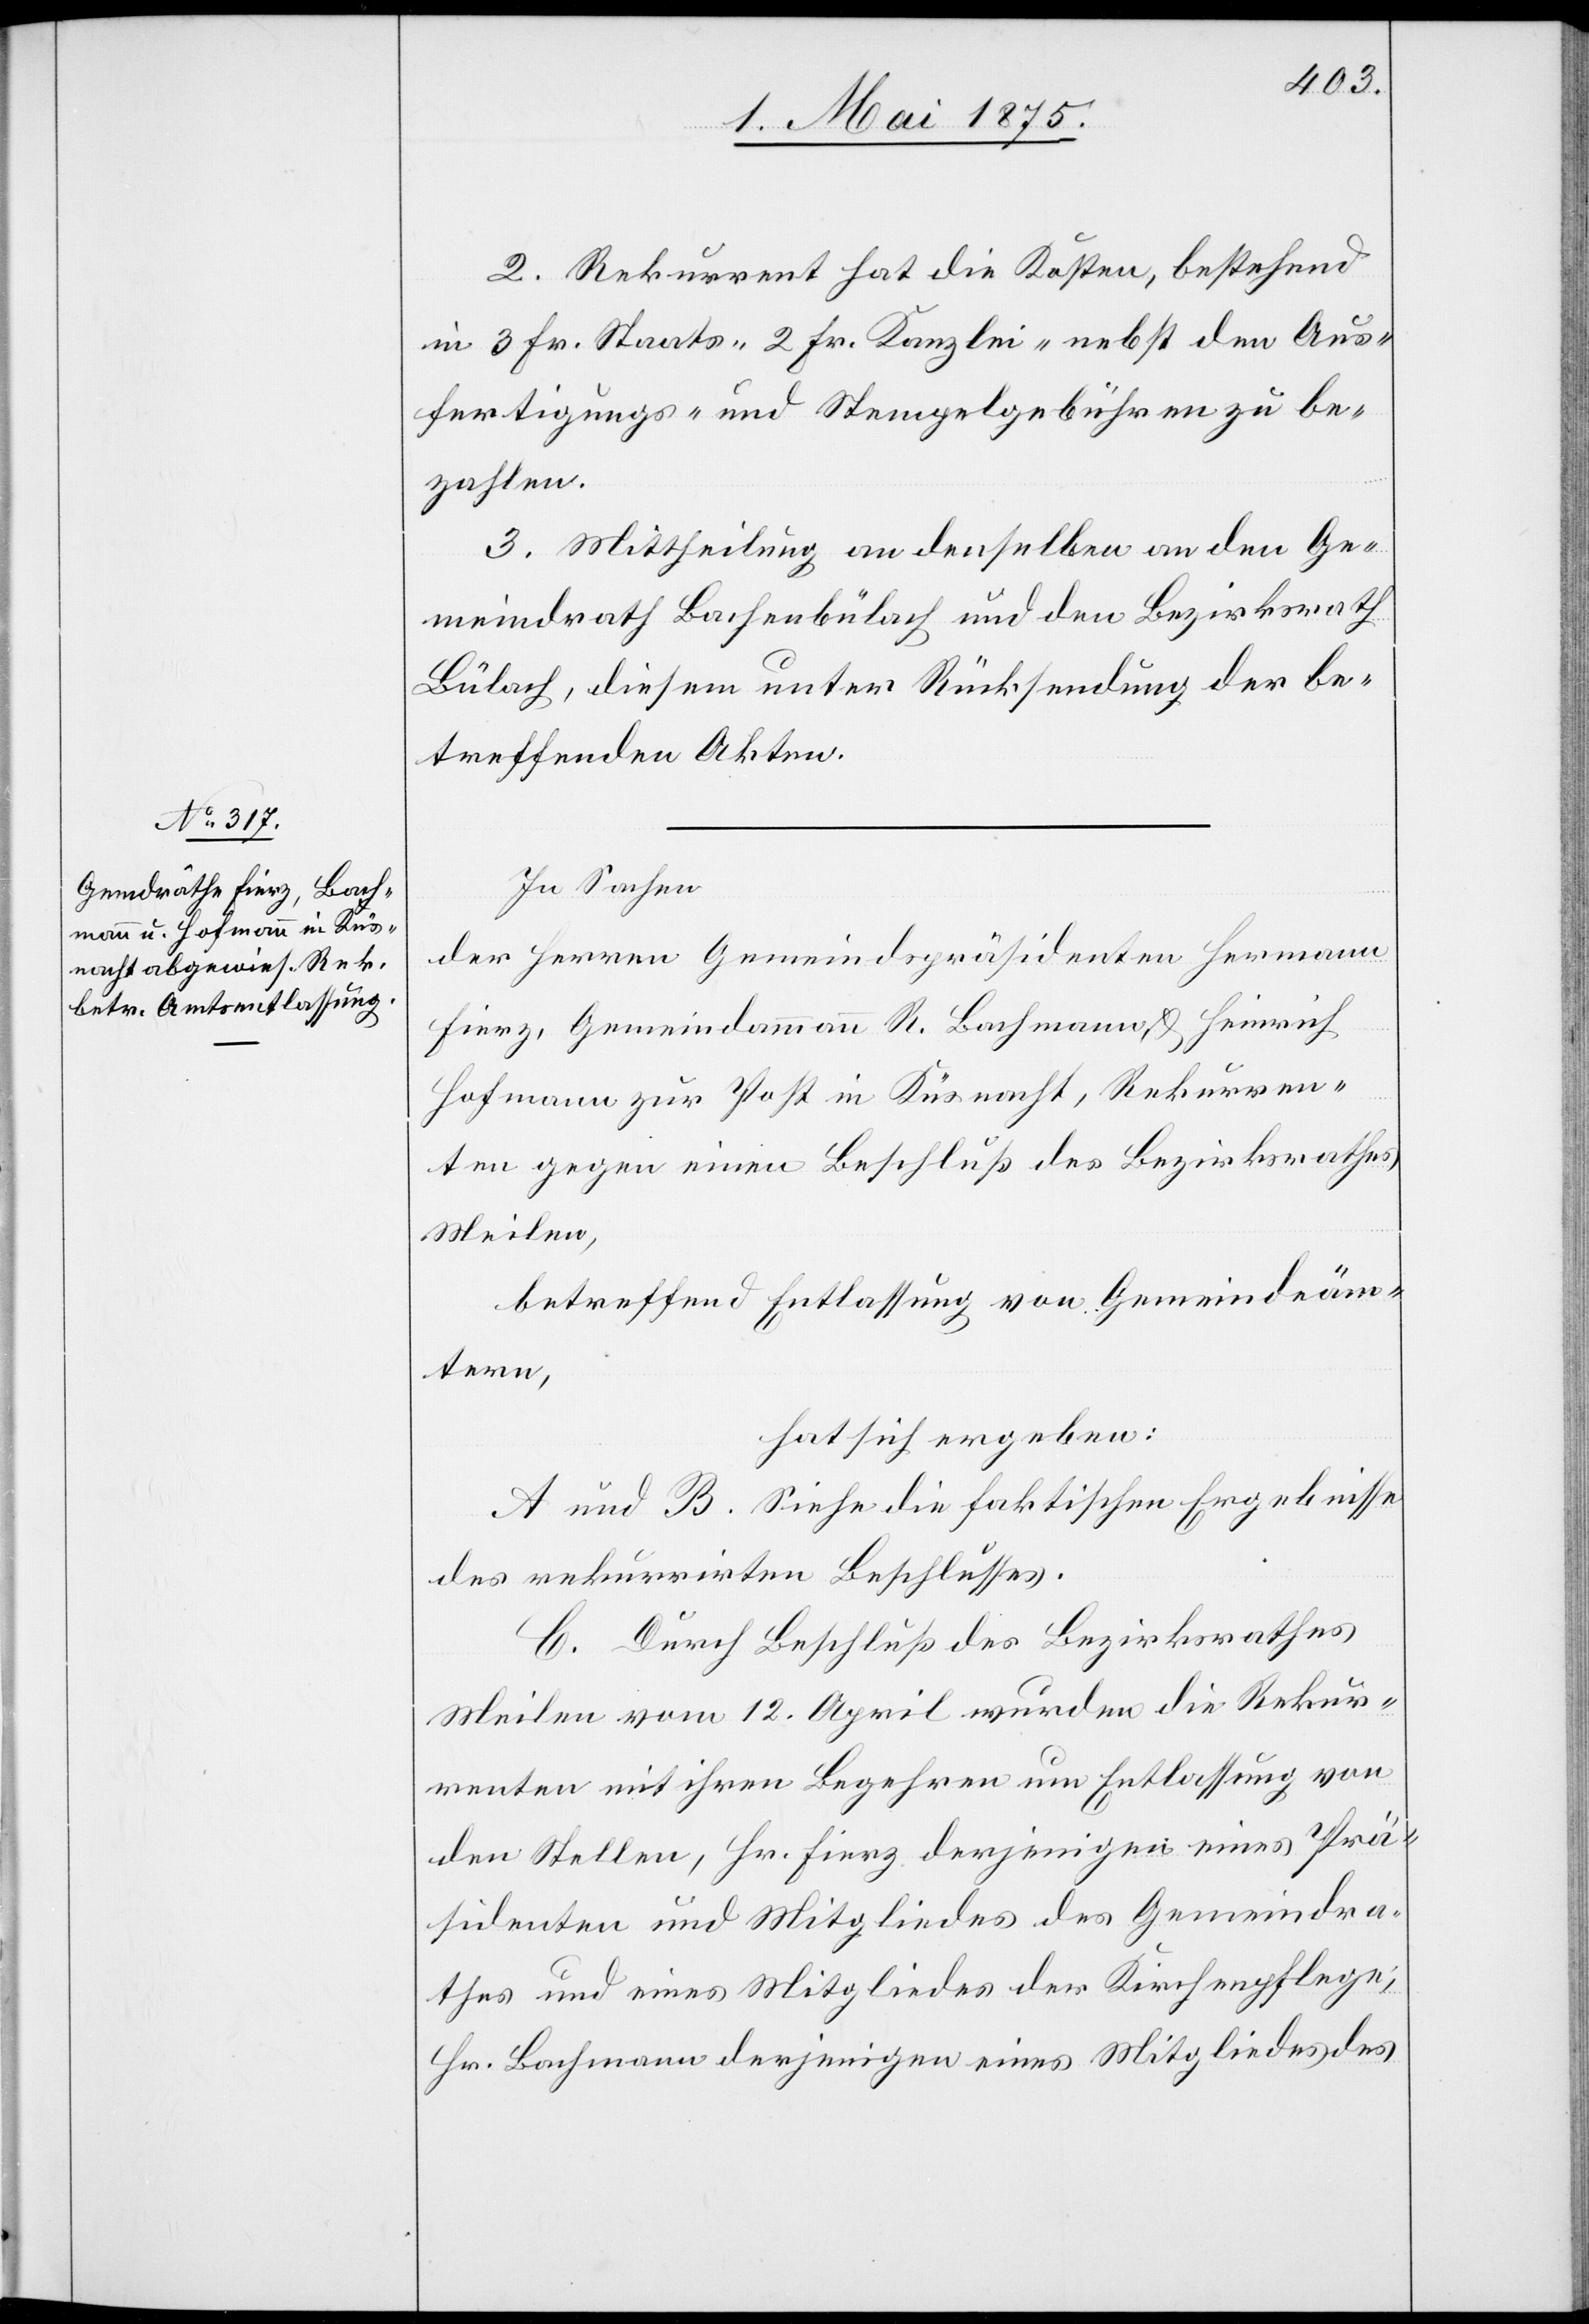
2. Rekurrent hat die Kosten, bestehend
in 3 Fr. Staats- 2 Fr. Kanzlei- nebst den Aus¬
fertigungs- und Stempelgebühren zu be¬
zahlen.
3. Mittheilung an denselben an den Ge¬
meindrath Bachenbülach und den Bezirksrath
Bülach, diesem unter Rücksendung der be¬
treffenden Akten.
In Sache
der Herren Gemeindspräsidenten Hermann
Fierz, Gemeindammann R. Bachmann & Heinrich
Hofmann zur Post in Küsnacht, Rekurren¬
ten gegen einen Beschluß des Bezirksrathes
Meilen,
betreffend Entlassung von Gemeindeäm¬
tern,
hat sich ergeben:
A und B. Siehe die faktische Ergebnisse
des rekurrirten Beschlusses.
C. Durch Beschluß des Bezirksrathes
Meilen vom 12. April wurden die Rekur¬
renten mit ihren Begehren um Entlassung von
den Stellen, Hr. Fierz derjenigen eines Prä¬
sidenten und Mitgliedes des Gemeindra¬
thes und eines Mitgliedes der Kirchenpflege;
Hr. Bachmann derjenigen eines Mitgliedes des